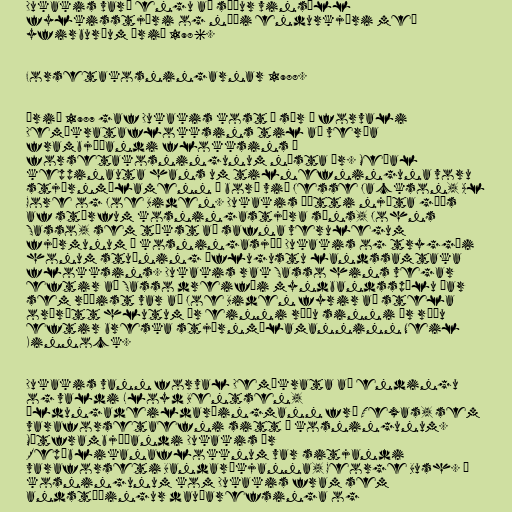
Dukakis varð engu að síður vinsæll
fylkisstjóri og náði endurkjöri með
yfirburðum árið 1986.

Forsetakosningarnar 1988.

Árið 1987 gaf Dukakis kost á sér í forvali
Demókrataflokksins til að verða
frambjóðandi flokksins í
forsetakosningunum næsta ár. Meðal
keppinauta hans um tilnefninguna voru
stjórnmálamenn á borð við Jesse Jackson, Al
Gore og Joe Biden. Dukakis þótti njóta góðs
af störfum kosningastjóra síns, Johns
Sasso, sem tókst að safna verulegum
fjármunum í kosningasjóð Dukakis og tryggði
honum stuðning öflugustu landssamtaka
flokksins. Dukakis rak Sasso hins vegar
eftir að Sasso dreifði myndbandsspólu þar
sem ráðist var að Joe Biden fyrir að stela
orðrétt hlutum úr einni ræðu sinni úr ræðu
eftir breska stjórnmálamanninn Neil
Kinnock.

Dukakis vann forval Demókrata að endingu
og valdi Lloyd Bentsen,
öldungadeildarþingmann frá Texas, sem
varaforsetaefni sitt í kosningunum.
Mótframbjóðandi Dukakis úr
Repúblikanaflokknum var sitjandi
varaforseti Bandaríkjanna, George Bush. Í
kosningunum kom Dukakis fram sem
andstæðingur dauðarefsinga og